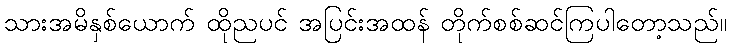
သားအမိနှစ်ယောက် ထိုညပင် အပြင်းအထန် တိုက်စစ်ဆင်ကြပါတော့သည်။